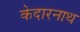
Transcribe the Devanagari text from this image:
केदारनाथ